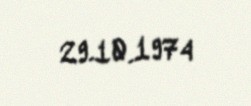
29.10.1974